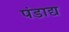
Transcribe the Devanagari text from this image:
पंडाद्य